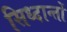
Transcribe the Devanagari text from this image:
सिध्दान्तों